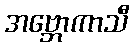
အဗ္ဘောကာသီ